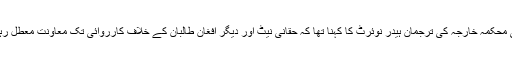
امریکی محکمہ خارجہ کی ترجمان ہیدر نوئرٹ کا کہنا تھا کہ حقانی نیٹ اور دیگر افغان طالبان کے خلاف کارروائی تک معاونت معطل رہے گی۔